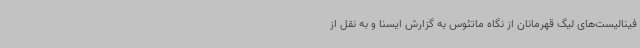
فینالیست‌های لیگ قهرمانان از نگاه ماتئوس به گزارش ایسنا و به نقل از